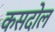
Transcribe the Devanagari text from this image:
कसदोल